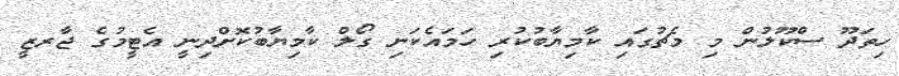
ހިތަދޫ ސްކޫލުން މި މެޗުގައި ކާމިޔާބުކުރި ހަމައެކަނި ގޯލް ކާމިޔާބުކޮށްދިނީ އެޓީމުގެ ޖާރޒީ